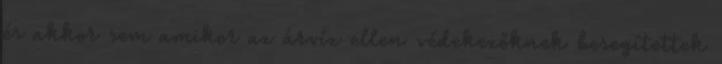
és akkor sem amikor az árvíz ellen védekezőknek besegítettek